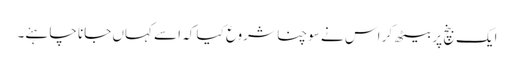
ایک بنچ پر بیٹھ کر اس نے سوچنا شروع کیا کہ اسے کہاں جانا چاہئے۔